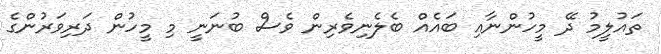
ތައުލީމު ދޭ މީހުންނާއި ބައެއް ބެލެނިވެރިން ވެސް ބުނަނީ މި މީހުން ދަރިވަރުންގެ